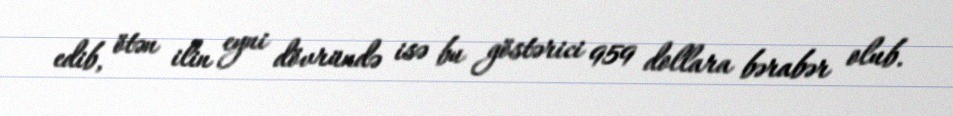
edib, ötən ilin eyni dövründə isə bu göstərici 959 dollara bərabər olub.